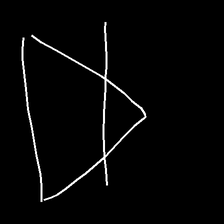
Glyph: empower